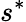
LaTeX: s^{*}